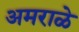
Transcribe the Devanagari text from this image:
अमराळे